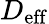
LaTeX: D_{\mathrm{eff}}